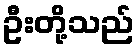
ဦးတို့သည်